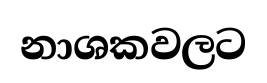
නාශකවලට